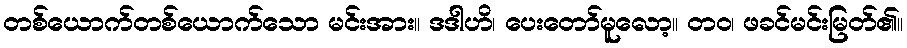
တစ်ယောက်တစ်ယောက်သော မင်းအား။ ဒဒါဟိ၊ ပေးတော်မူလော့။ တဝ၊ ဖခင်မင်းမြတ်၏။